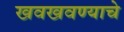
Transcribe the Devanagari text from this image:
खवखवण्याचे